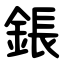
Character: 鋹